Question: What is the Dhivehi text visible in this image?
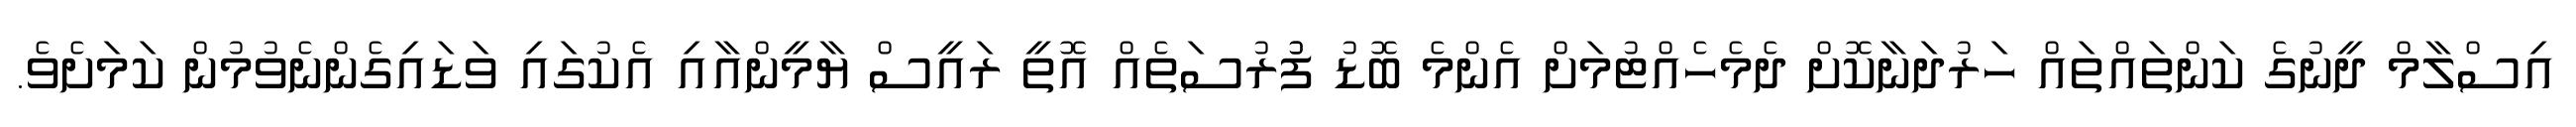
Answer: އިސްލާމް ދީނުގެ ކަންތައްތައް ހަރުދަނާކޮށް ދެމެހެއްޓުމަށް އެންމެ ބޮޑު ފުުރުސަތެއް އޮތީ ރައީސް ޔާމީންއާއި އެކުގައި ވަޑައިގެންނެވުމުން ކަމަށެވެ.